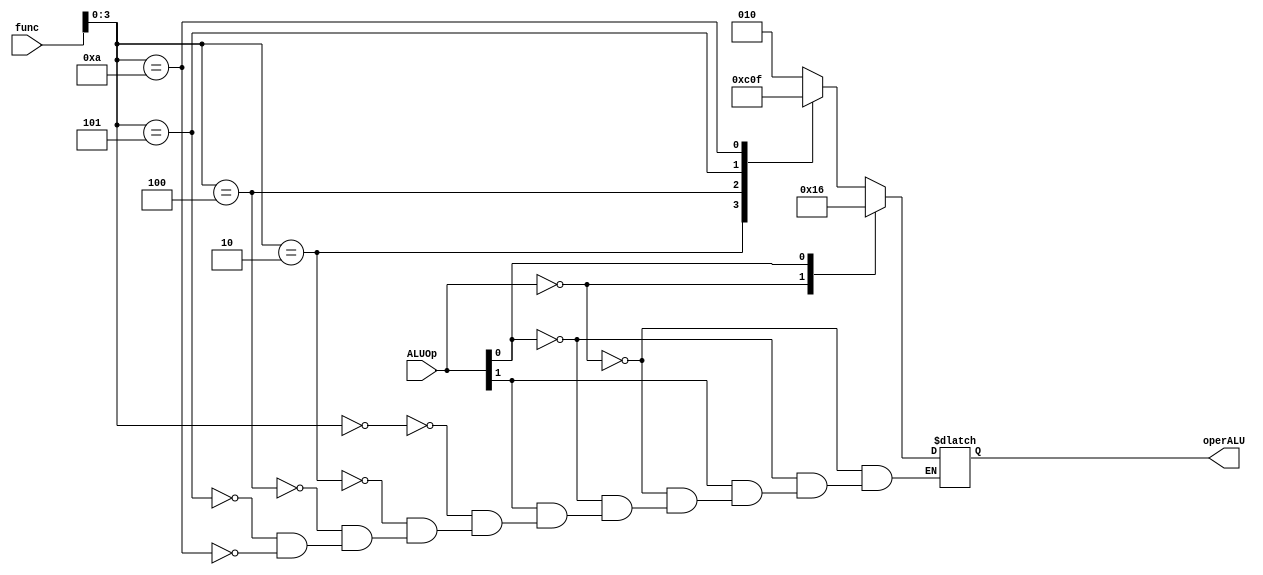
/////////////////////////////////////////////////////////////////////////////////////////////////////////////
//  ALU control unit for my MIPS32 SC implementation
//  
//
//  Written    : 11 Mar 2019
//
/////////////////////////////////////////////////////////////////////////////////////////////////////////////

module ALU_control_unit(
    func,
    ALUOp,
    operALU
);

    input           [5:0]   func;
    input           [1:0]   ALUOp;

    output reg      [2:0]   operALU;
    
    always @ *
    begin
        casex(ALUOp)
            2'b00   :   operALU = 3'b010;
            2'bx1   :   operALU = 3'b110;
            2'b1x   :   begin
                casex(func)
                    6'bxx0000   :   operALU = 3'b010;
                    6'bxx0010   :   operALU = 3'b110;
                    6'bxx0100   :   operALU = 3'b000;
                    6'bxx0101   :   operALU = 3'b001;
                    6'bxx1010   :   operALU = 3'b111;
                endcase end
        endcase
    end

endmodule